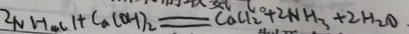
2 N H C l + C a ( O H ) _ { 2 } = C a C l _ { 2 } + 2 N H _ { 3 } + 2 H _ { 2 } O